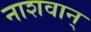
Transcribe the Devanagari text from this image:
नाशवान्‌